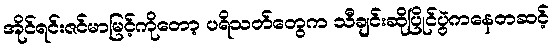
အိုင်ရင်းဇင်မာမြင့်ကိုတော့ ပရိသတ်တွေက သီချင်းဆိုပြိုင်ပွဲကနေတဆင့်